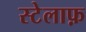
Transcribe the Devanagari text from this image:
स्टेलाफ़